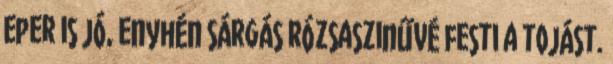
eper is jó, enyhén sárgás rózsaszinűvé festi a tojást.